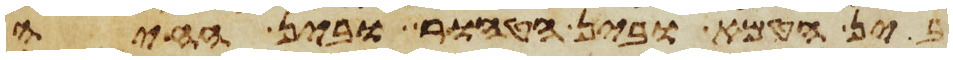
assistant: בין הטמא ובין הטהור ובין החיה